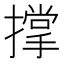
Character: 撑